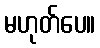
မဟုတ်ပေ။